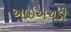
આઇએચડી